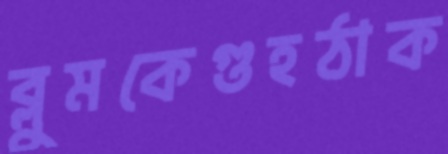
ব্লুমকেগুহঠাক